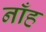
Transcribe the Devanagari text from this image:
नाँह